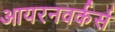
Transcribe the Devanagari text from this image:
आयरनवर्कर्स